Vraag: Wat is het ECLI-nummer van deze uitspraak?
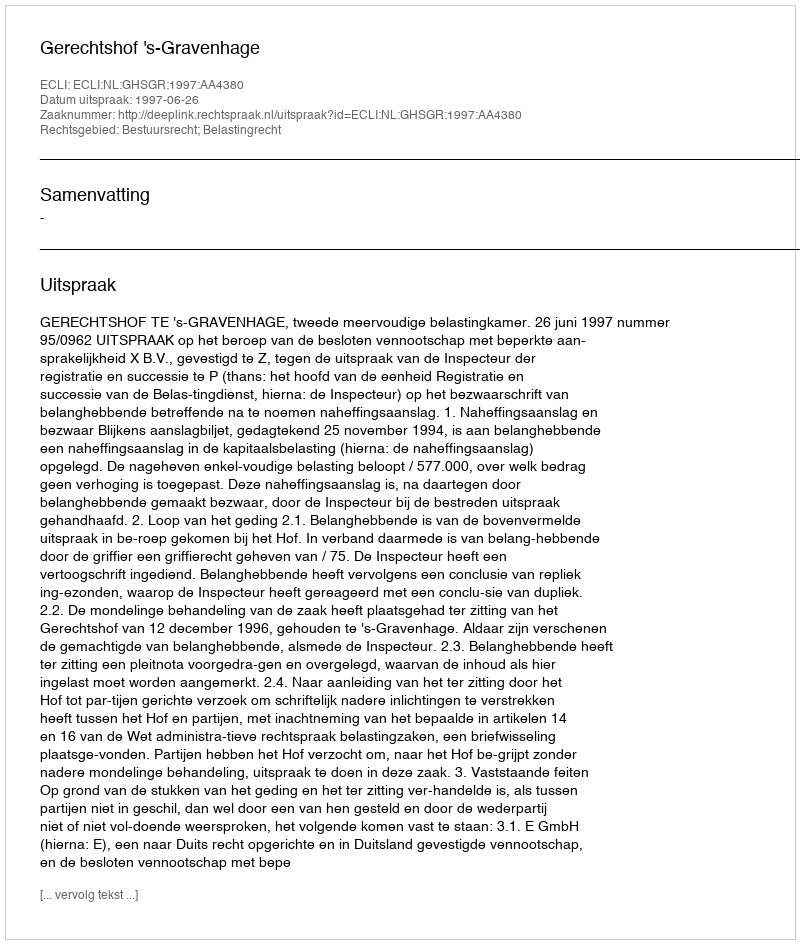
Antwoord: ECLI:NL:GHSGR:1997:AA4380